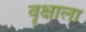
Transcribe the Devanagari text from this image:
वॄक्षाला